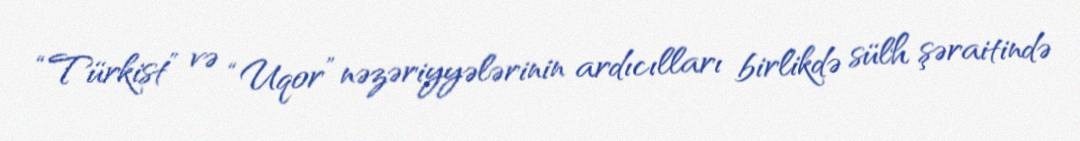
“Türkist” və “Uqor” nəzəriyyələrinin ardıcılları birlikdə sülh şəraitində